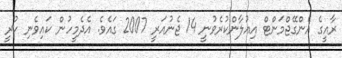
ރާއީގެ އެންގޭޖްމަންޓް އިއުލާންކުރެވުނީ 14 ޖެނުއަރީ 2007 ގައެވެ. އެދެމީހުން ކައިވެނި ކުރީ